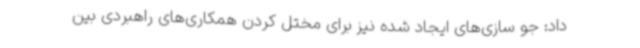
داد: جو سازی‌های ایجاد شده نیز برای مختل کردن همکاری‌های راهبردی بین